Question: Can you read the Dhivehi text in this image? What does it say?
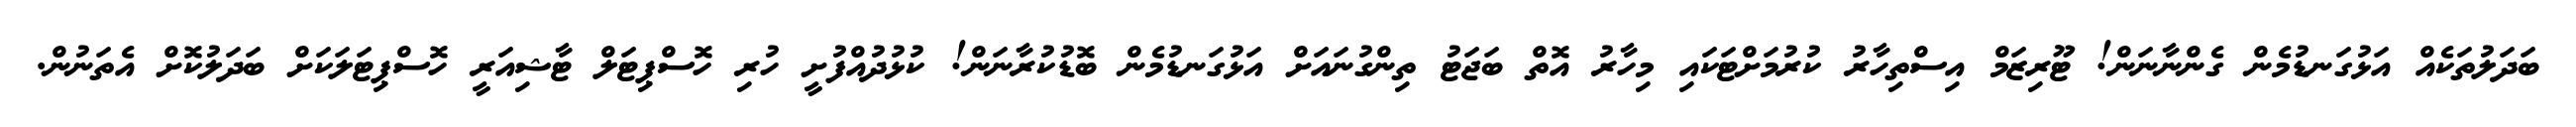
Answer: ބަދަލުތަކެއް އަޅުގަނޑުމެން ގެންނާނަން! ޓޫރިޒަމް އިސްތިހާރު ކުރުމަށްޓަކައި މިހާރު އޮތް ބަޖަޓު ތިންގުނައަށް އަޅުގަނޑުމެން ބޮޑުކުރާނަން! ކުޅުދުއްފުށީ ހުރި ހޮސްޕިޓަލް ޓާޝިއަރީ ހޮސްޕިޓަލަކަށް ބަދަލުކޮށް އެތަނުން.